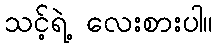
သင့်ရဲ့ လေးစားပါ။